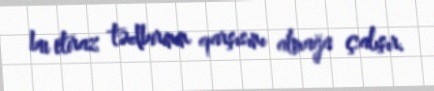
bu etiraz tədbirinin qarşısını almağa çalışır.